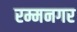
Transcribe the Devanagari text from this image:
रम्मनगर